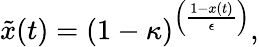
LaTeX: \tilde{x}(t)=(1-\kappa)^{\left(\frac{1-x(t)}{\epsilon}\right)},